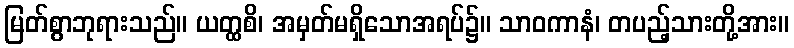
မြတ်စွာဘုရားသည်။ ယတ္ထစိ၊ အမှတ်မရှိသောအရပ်၌။ သာဝကာနံ၊ တပည့်သားတို့အား။